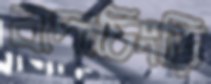
বাদাচিংড়ি